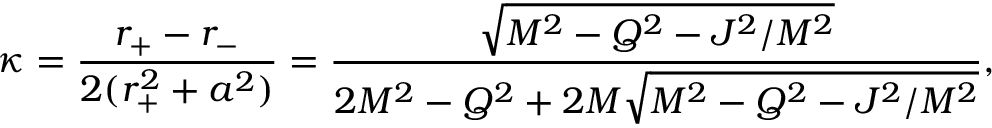
\kappa = { \frac { r _ { + } - r _ { - } } { 2 ( r _ { + } ^ { 2 } + a ^ { 2 } ) } } = { \frac { \sqrt { M ^ { 2 } - Q ^ { 2 } - J ^ { 2 } / M ^ { 2 } } } { 2 M ^ { 2 } - Q ^ { 2 } + 2 M { \sqrt { M ^ { 2 } - Q ^ { 2 } - J ^ { 2 } / M ^ { 2 } } } } } ,